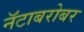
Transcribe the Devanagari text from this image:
नॅटाबरोबर